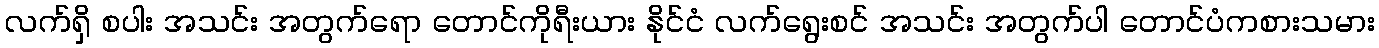
လက်ရှိ စပါး အသင်း အတွက်ရော တောင်ကိုရီးယား နိုင်ငံ လက်ရွေးစင် အသင်း အတွက်ပါ တောင်ပံကစားသမား